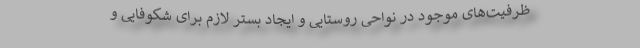
ظرفیت‌های موجود در نواحی روستایی و ایجاد بستر لازم برای شکوفایی و